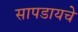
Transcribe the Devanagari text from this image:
सापडायचे